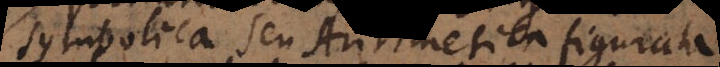
symbolica seu Arithmetica figurata